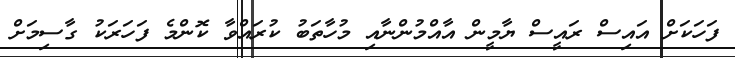
ފަހަކަށް އައިސް ރައީސް ޔާމީން އާއްމުންނާއި މުހާތަބު ކުރައްވާ ކޮންމެ ފަހަރަކު ގާސިމަށް